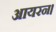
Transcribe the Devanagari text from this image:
आयरन।